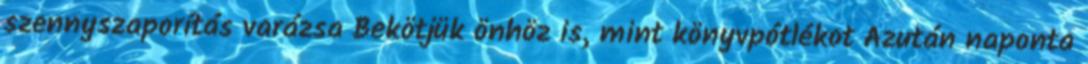
szennyszaporítás varázsa Bekötjük önhöz is, mint könyvpótlékot Azután naponta